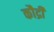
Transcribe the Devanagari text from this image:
कौद्री